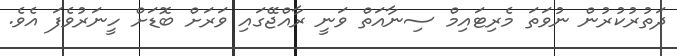
ދަތުރުކުރުން ނުވަތަ މެރިޓައިމް ސިނާއަތް ވަނީ ރާއްޖޭގައި ވަރަށް ބޮޑަށް ހީނަރުވެފަ އެވެ.